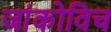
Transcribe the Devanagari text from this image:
जांकोविच